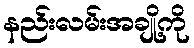
နည်းလမ်းအချို့ကို